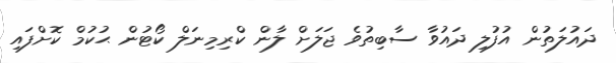
ދައުލަތުން އުފުލި ދައުވާ ސާބިތުވެ ޖަލަށް ލާން ކްރިމިނަލް ކޯޓުން ޙުކުމް ކޮށްފައި